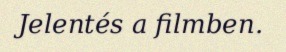
Jelentés a filmben.